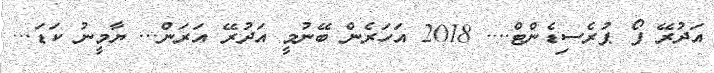
އަދުރޭ ފޯ ޕުރެސިޑެންޓް.... 2018 އަހަރެން ބޭނުމީ އަދުރޭ އަރަން... ޔާމީނު ކަޑަ...